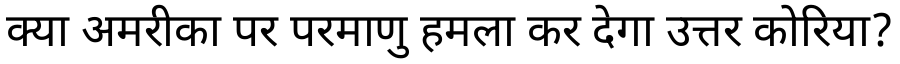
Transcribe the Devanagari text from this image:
क्या अमरीका पर परमाणु हमला कर देगा उत्तर कोरिया?